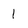
Character: 1